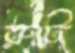
রুট